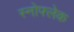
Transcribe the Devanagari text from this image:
स्नोफ्लेक